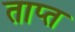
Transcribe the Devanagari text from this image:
ताप्त